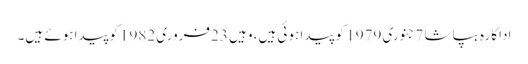
اداکارہ بپاشا 7جنوری 1979 کو پیدا ہوئی ہیں، وہیں 23فروری 1982کوپیداہوئے ہیں۔